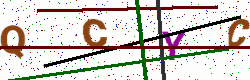
Text: QCYC